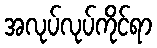
အလုပ်လုပ်ကိုင်ရာ